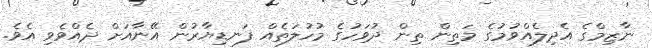
ނާޒިމްގެ އެދިލެއްވުމުގެ މަތިން ތިން ދުވަހުގެ މުހުލަތެއް ފަނޑިޔާރުން އޭނާއަށް ދެއްވެވި އެވެ.